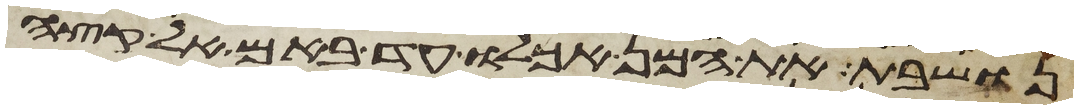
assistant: נושבת את המן אכלו עד באם אל קצה